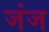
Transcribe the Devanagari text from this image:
जंज